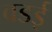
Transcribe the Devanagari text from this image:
वडई